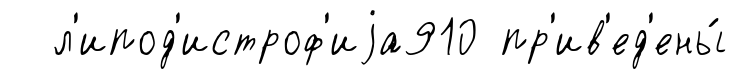
л'ипод'истроф'иjа910 пр'ив'ед'ены́